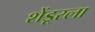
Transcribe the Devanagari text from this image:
शेंडूरला